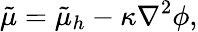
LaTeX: \tilde{\mu}=\tilde{\mu}_{h}-\kappa\nabla^{2}\phi,